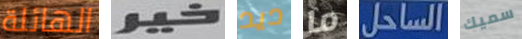
الهائلة خير ديد ما الساحل سميك